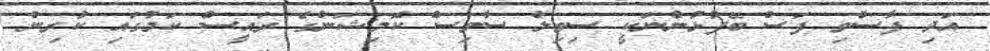
އަދި ފާސްވި ފަސް ބޭފުޅުންނަކީ ސިވިލް ސާވިސް ކޮމިޝަންގެ ރައީސް ކަމުގައި ކުރިން